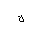
Letter: _kaf